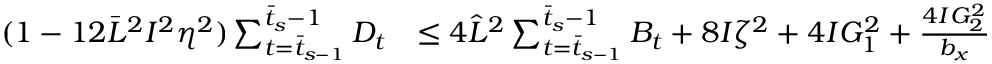
\begin{array} { r l } { ( 1 - 1 2 \bar { L } ^ { 2 } I ^ { 2 } \eta ^ { 2 } ) \sum _ { t = \bar { t } _ { s - 1 } } ^ { \bar { t } _ { s } - 1 } D _ { t } } & { \leq 4 \hat { L } ^ { 2 } \sum _ { t = \bar { t } _ { s - 1 } } ^ { \bar { t } _ { s } - 1 } B _ { t } + 8 I \zeta ^ { 2 } + 4 I G _ { 1 } ^ { 2 } + \frac { 4 I G _ { 2 } ^ { 2 } } { b _ { x } } } \end{array}